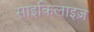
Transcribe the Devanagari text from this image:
साइकिलाइज़